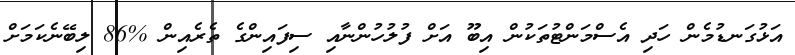
އަޅުގަނޑުމެން ހަދި އެސްމަންޓުތަކުން އިބޫ އަށް ފުލުހުންނާއި ސިފައިންގެ ތެރެއިން %86 ލިބޭނެކަމަށް